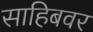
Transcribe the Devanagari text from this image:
साहिबवर